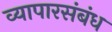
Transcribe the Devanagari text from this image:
व्यापारसंबंध